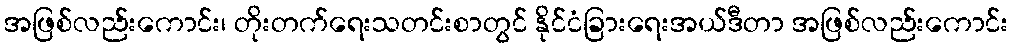
အဖြစ်လည်းကောင်း၊ တိုးတက်ရေးသတင်းစာတွင် နိုင်ငံခြားရေးအယ်ဒီတာ အဖြစ်လည်းကောင်း